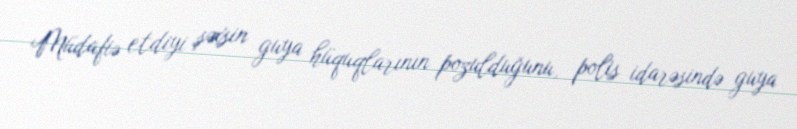
Müdafiə etdiyi şəxsin guya hüquqlarının pozulduğunu, polis idarəsində guya